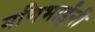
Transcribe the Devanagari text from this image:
मणिभाईंनी